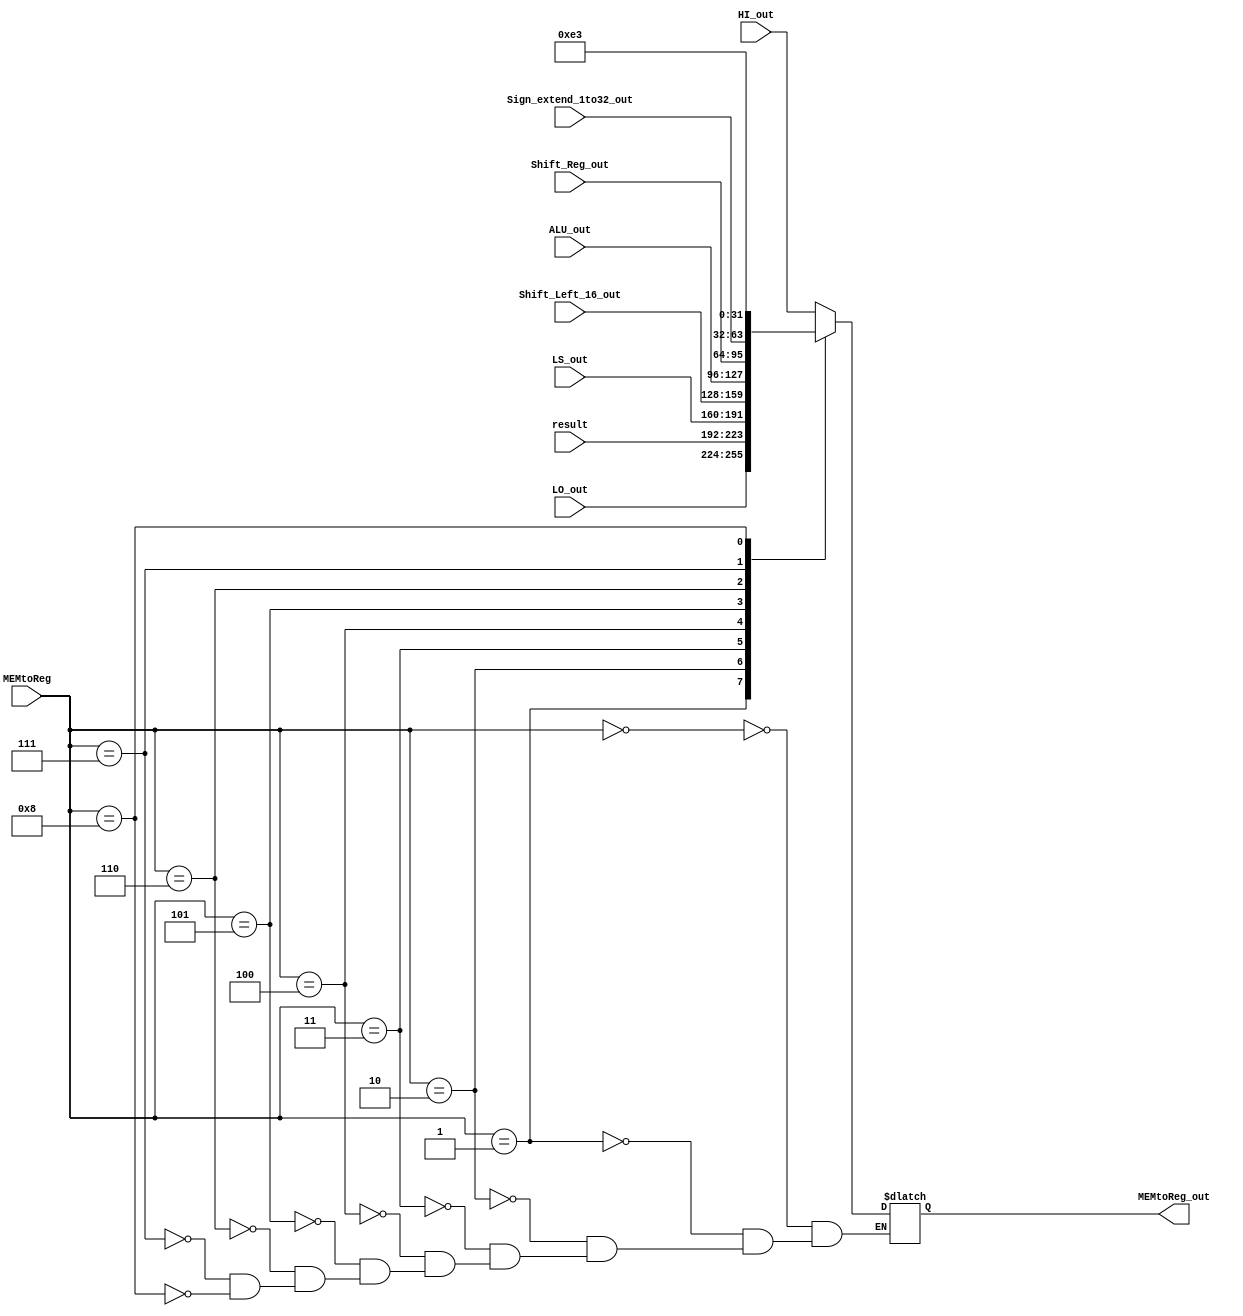
module mux_MEMtoReg (
    input wire [3:0] MEMtoReg,
    input wire [31:0] ALU_out,
    input wire [31:0] LS_out,
    input wire [31:0] HI_out,
    input wire [31:0] LO_out,
    input wire [31:0] Sign_extend_1to32_out,
    input wire [31:0] result,
    input wire [31:0] Shift_Left_16_out,
    input wire [31:0] Shift_Reg_out,
    output reg [31:0] MEMtoReg_out
    
);

always @(*) begin
    case(MEMtoReg)
        4'b0000:
            MEMtoReg_out <= HI_out;
        4'b0001:
            MEMtoReg_out <= LO_out;
        4'b0010:
            MEMtoReg_out <= result;
        4'b0011:
            MEMtoReg_out <= LS_out;
        4'b0100:
            MEMtoReg_out <= Shift_Left_16_out;
        4'b0101:
            MEMtoReg_out <= ALU_out;
        4'b0110:
            MEMtoReg_out <= Shift_Reg_out;
        4'b0111:
            MEMtoReg_out <= Sign_extend_1to32_out;
        4'b1000:
            MEMtoReg_out <= 32'd227;
    endcase
end

endmodule